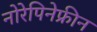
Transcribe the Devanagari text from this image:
नोरेपिनेफ्रीन